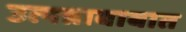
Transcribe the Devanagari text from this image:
उत्पन्नाबाबात